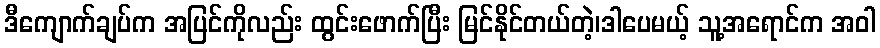
ဒီကျောက်ချပ်က အပြင်ကိုလည်း ထွင်းဖောက်ပြီး မြင်နိုင်တယ်တဲ့၊ဒါပေမယ့် သူ့အရောင်က အဝါ